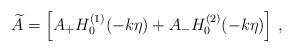
LaTeX: \begin{align*}\widetilde{A} = \left[ A_+ H_0^{(1)}(-k\eta) + A_- H_0^{(2)}(-k\eta) \right] \, ,\end{align*}